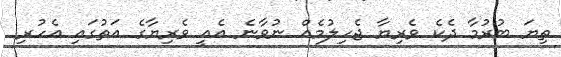
ތިޔަ ބުރުމާ ދެކެ ވެރިޔާ ޖެހިލުމެއް ނުވާނެ އެއީ ވެރިޔާގެ އަތުގައި އެހުރި